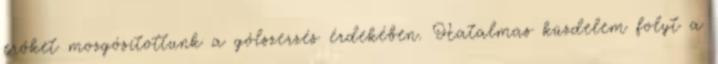
erőket mozgósítottunk a gólszerzés érdekében. Hatalmas küzdelem folyt a